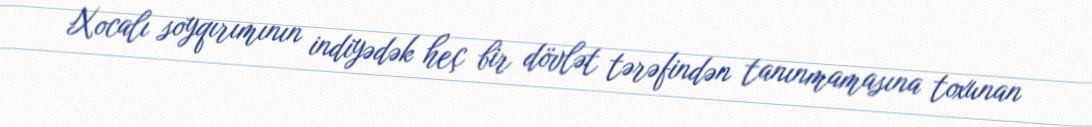
Xocalı soyqırımının indiyədək heç bir dövlət tərəfindən tanınmamasına toxunan